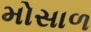
મોસાળ